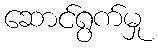
ဆောင်ရွက်မှု